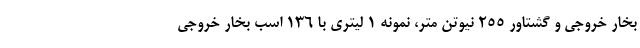
بخار خروجی و گشتاور 255 نیوتن متر، نمونه 1 لیتری با 136 اسب بخار خروجی